Vaccination in the Punjab 1919-1929 - 1919-1929
Year: 1919
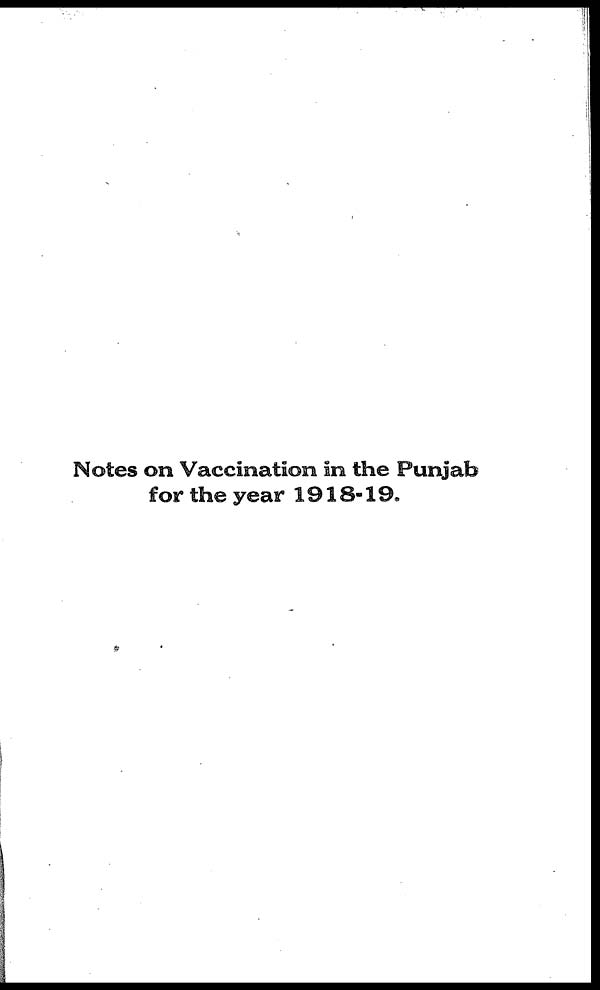
Notes on Vaccination in the Punjab
for the year 1918-19.